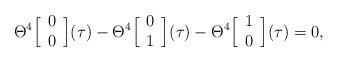
\begin{align*}\Theta^4 \Big[ \begin{array}{c} 0 \cr0 \end{array} \Big] (\tau) -\Theta^4 \Big[ \begin{array}{c} 0 \cr1 \end{array} \Big] (\tau) -\Theta^4 \Big[ \begin{array}{c} 1 \cr0 \end{array} \Big] (\tau) = 0,\end{align*}